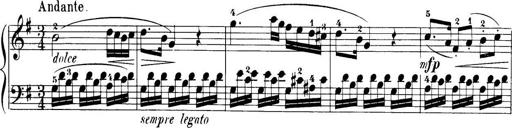
Title: 32 Sonatinas and Rondos for the Piano
Composer: Richard Kleinmichel